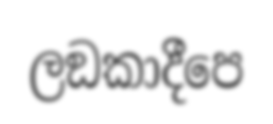
ලඞකාදීපෙ